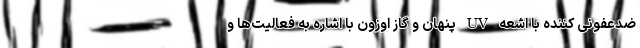
ضدعفونی کننده با اشعه UV پنهان و گاز اوزون با اشاره به فعالیت‌ها و